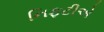
નિફટીએ